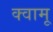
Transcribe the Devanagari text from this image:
क्वामू